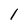
Character: l